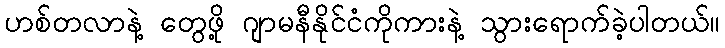
ဟစ်တလာနဲ့ တွေဖို့ ဂျာမနီနိုင်ငံကိုကားနဲ့ သွားရောက်ခဲ့ပါတယ်။